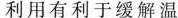
利用有利于缓解温